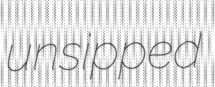
unsipped